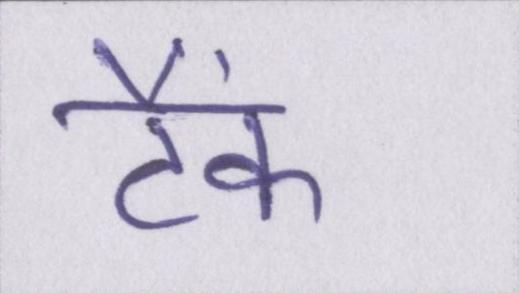
टैंक